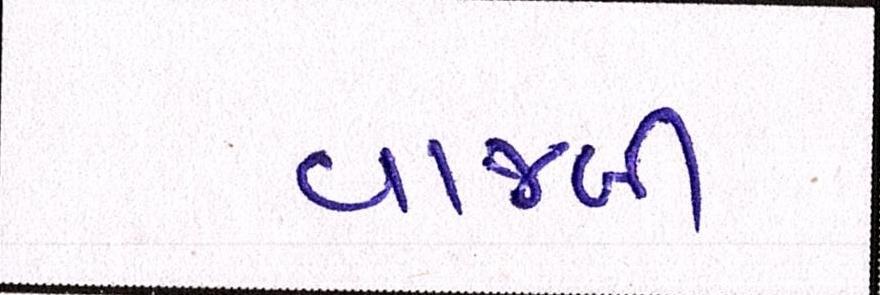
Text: વાજબી